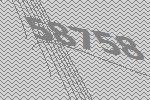
58758